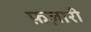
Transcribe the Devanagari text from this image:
फ़ज़ारी